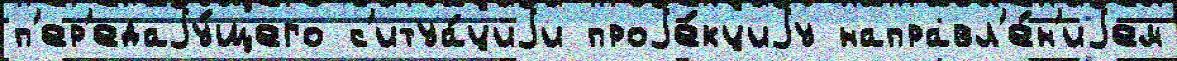
п'ер'едаjу́щего с'итуа́циjи проjе́кциjу направл'е́н'иjем